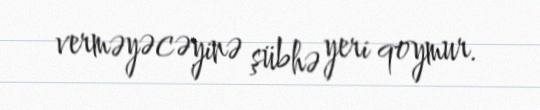
verməyəcəyinə şübhə yeri qoymur.